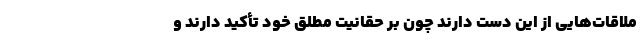
ملاقات‌هایی از این دست دارند چون بر حقانیت مطلق خود تأکید دارند و